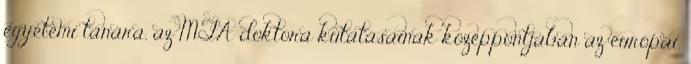
egyetemi tanára, az MTA doktora kutatásainak középpontjában az európai,